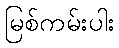
မြစ်ကမ်းပါး